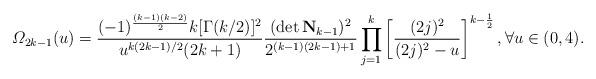
LaTeX: \begin{align*}\varOmega_{2k-1}(u)=\frac{(-1)^{\frac{(k-1)(k-2)}{2}}k[\Gamma(k/2)]^{2}}{u^{k(2k-1)/2}(2k+1)}\frac{(\det\mathbf N_{k-1})^2}{2^{(k-1)(2k-1)+1}}\prod _{j=1}^k\left[\frac{(2j)^2}{(2j)^2-u}\right]^{k-\frac{1}{2}},\forall u\in(0,4).\end{align*}